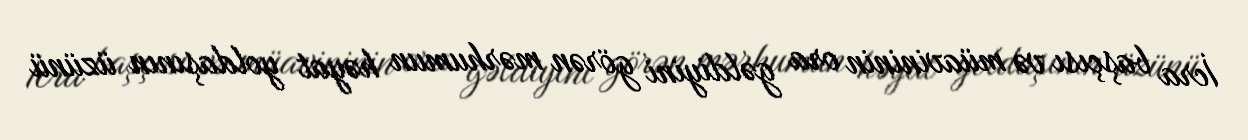
İcra başçısı və müavininin ora gəldiyini görən mərhumun həyat yoldaşının üzünü